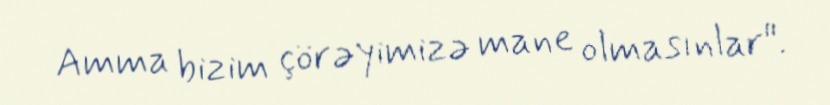
Amma bizim çörəyimizə mane olmasınlar".